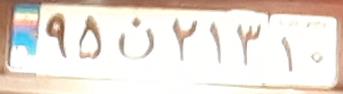
۹۵ن۲۱۳۱۰